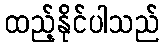
ထည့်နိုင်ပါသည်